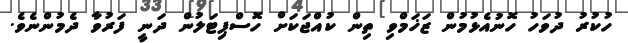
ހުކުރު ދުވަހު ހޮނުއެޅުމުން ޒަޚަމްވި ތިން ކުއްޖަކަށް ހޮސްޕިޓަލުން ދަނީ ފަރުވާ ދެމުންނެވެ.